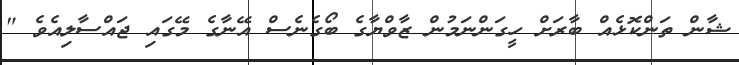
ޝާން ތަންކޮޅެއް ބާރަށް ހީގަންނަމުން ޒާވްޔާގެ ބޯގެނެސް އޭނާގެ މޭގައި ޖައްސާލިއެވެ "